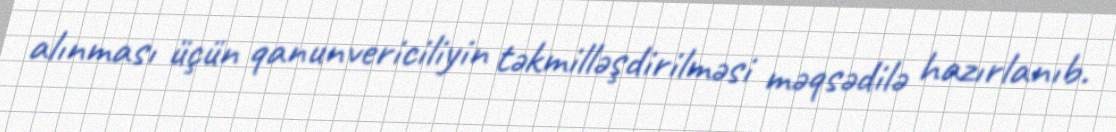
alınması üçün qanunvericiliyin təkmilləşdirilməsi məqsədilə hazırlanıb.